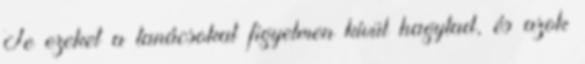
Te ezeket a tanácsokat figyelmen kívül hagytad, és azok